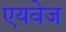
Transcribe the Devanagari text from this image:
एयवेज